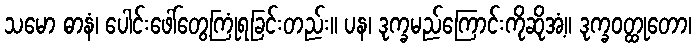
သမော ဓာနံ၊ ပေါင်းဖေါ်တွေ့ကြုံရခြင်းတည်း။ ပန၊ ဒုက္ခမည်ကြောင်းကိုဆိုအံ့။ ဒုက္ခဝတ္ထုတော၊